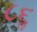
૮૬ૢ